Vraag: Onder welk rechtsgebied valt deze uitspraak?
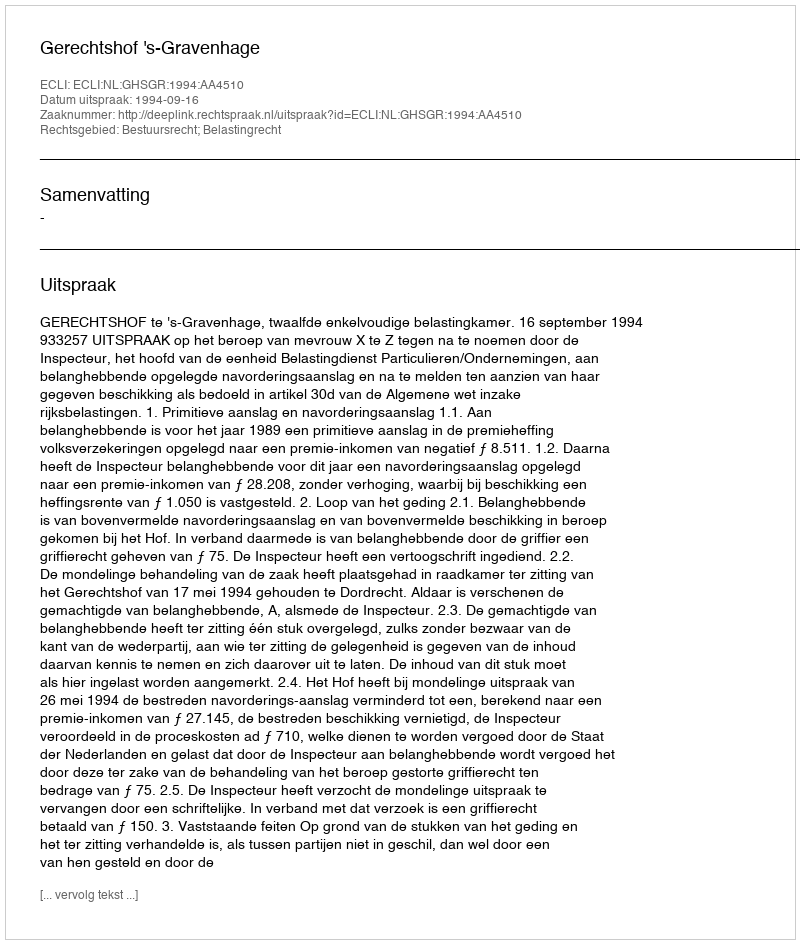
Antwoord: Bestuursrecht; Belastingrecht